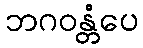
ဘဂဝန္တံပေ